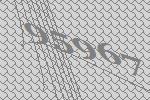
95967